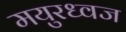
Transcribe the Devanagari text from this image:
मयुरध्वज